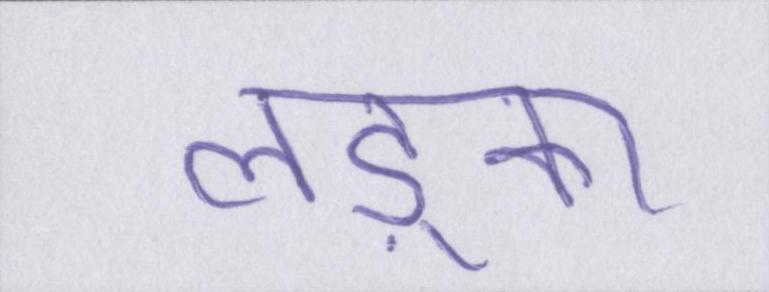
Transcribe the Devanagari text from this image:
लड़्का